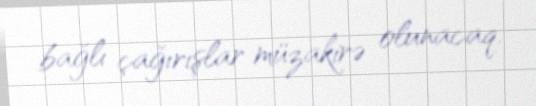
bağlı çağırışlar müzakirə olunacaq.